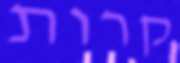
קרות